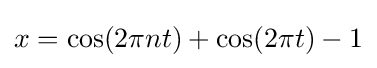
x=\cos(2\pi nt)+\cos(2\pi t)-1